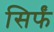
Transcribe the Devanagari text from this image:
सिर्फं